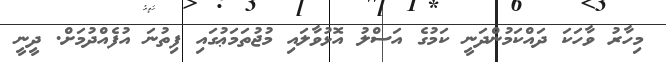
މިހާރު ވާހަކަ ދައްކަމުންދަނީ ކަމުގެ އަސްލު އޮޅުވާލައި މުޖުތަމަޢުގައި ފިތުނަ އުފެއްދުމަށް. ދީނީ